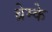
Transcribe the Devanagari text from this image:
ब्रेम्के